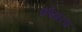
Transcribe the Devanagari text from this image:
कोठारच